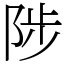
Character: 陟